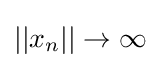
||x_{n}||\rightarrow \infty